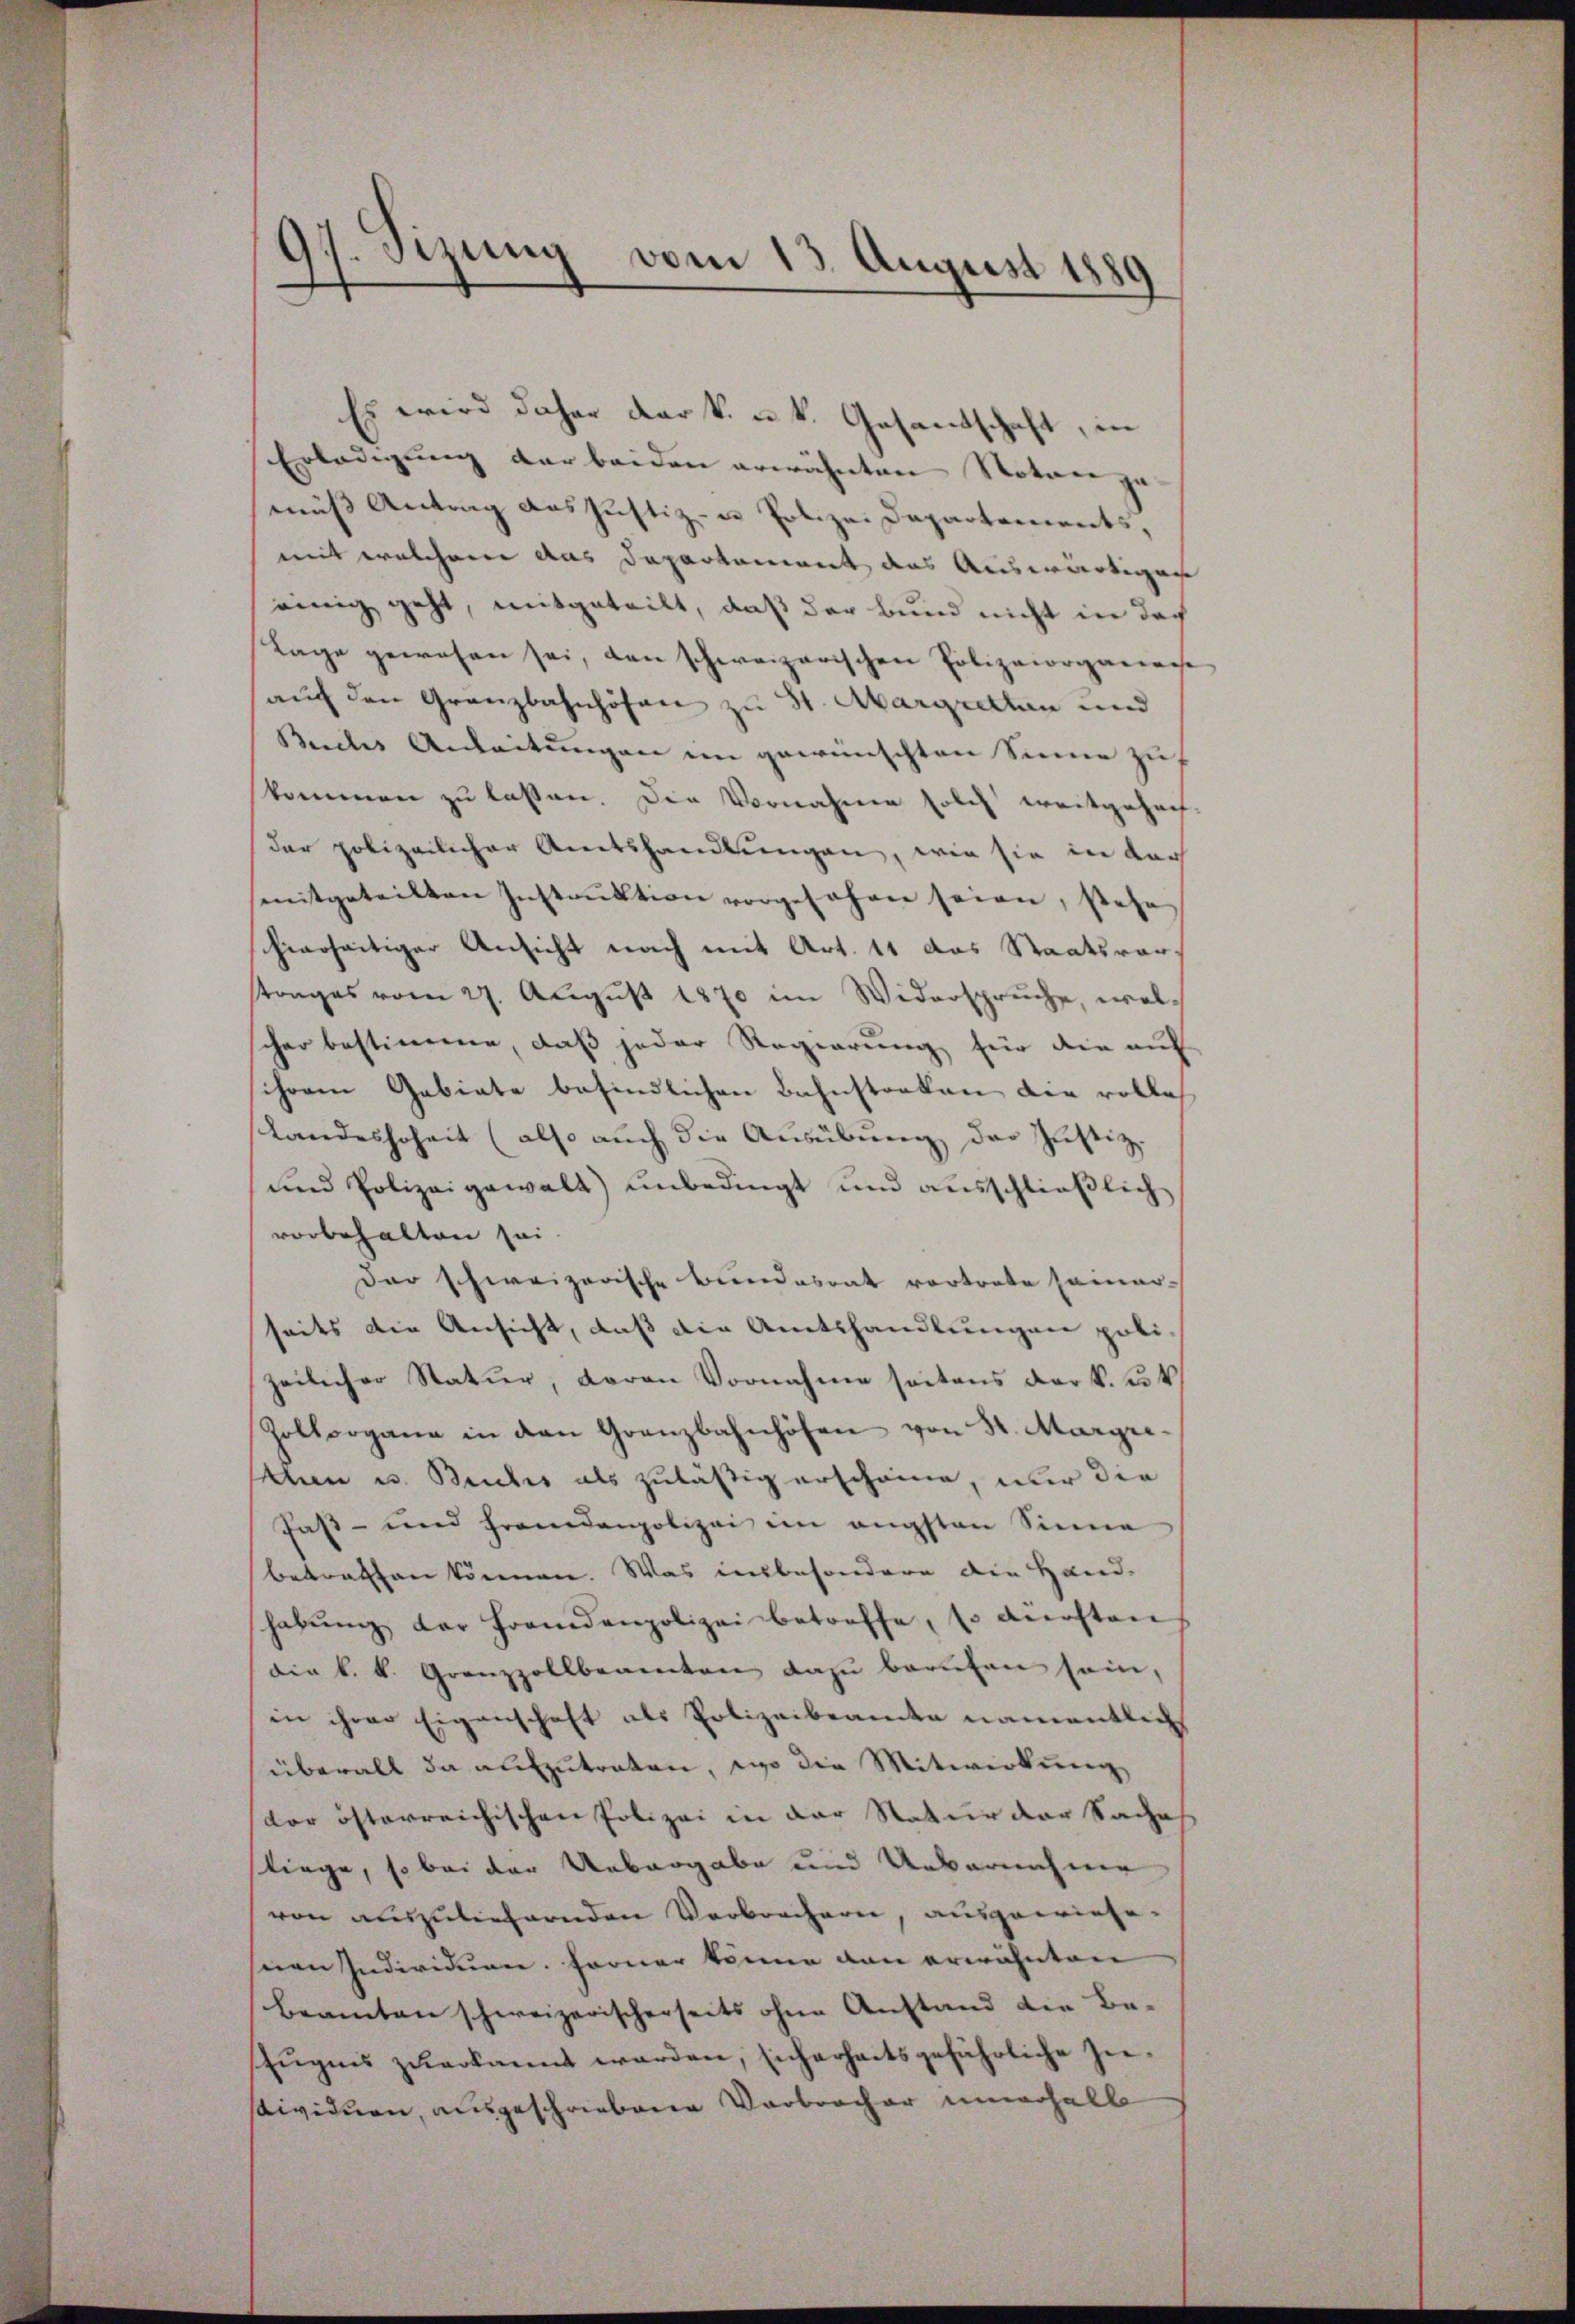
i
Tizung vom 13. August 1889

Es wird daher der k. u. k. Gesandschaft, in
Erledigung der beiden erwähnten Notare ge- |
mus Antrag des Justiz- u Polizei Departements,
mit welchem das Departement des Auswärtigen
einig geht, mitgeteilt, daß der Bund nicht in doch
Lage gewesen sei, den schweizerischen Polizeiorganense
aŭf den Granzbahnhöfen zu St. Abargretten und
Buches Anleitungen im gewünschten Sinne zu
kommen zu lassen. Die Vornahme solch weitgehach-
der polizeilicher Amtshandlungen, wie sie in dar
mitgeteilten Instrŭktion vorgesehen seien, stehe
hierseitiger Ansicht nach mit Art. 11 das Staatsvertrages vom 27. August 1870 im Widerspruche, welcher bestimme, daß jeder Regierung für die auf
schoren Gebiete befindlichen Bahnstocken die rolle¬
Landeshoheit (also auch die Ausübung der Justiz-
und Polizeigewalt) unbedingt und ausschließlich
vorbehalten sei.
Der schweizerische Bundesrat vortrete seiner-
seits die Ansicht, daß die Amtshandlungen poli-
zeilicher Natur, daran Vornahme seitens der k. u. 4
Zollorgane in den Granzbahnhöfen von St. Margre-
han u. Bruches als zuläßig erscheine, nur die
Past- und Fremdenpolizei im engsten Sinne
betreffen können. Was insbesondere die Hand-
habŭng der Frandenpolizei betreffe, so dürften
die k. k. Grenzzollbeamten dazu berufen sein,
in ihrer Eigenschaft als Polizeibeamte namentlich
überall da aufzutreten, wo die Mitwirkung,
dor österreichischen Polizei in der Natur der Saches
liege, so bei der Uebergabe und Uebernahme
von auszuliefernden Verbrechern, ausgewiesesien Individuen. Ferner könne von erwähnten
beamten schweizerischerseits ohne Anstand die Be¬
Eugnis zuerkannt werden, sicherheitsgefährliche Zusividuen, ausgeschriebene Verbrocher unerhalb